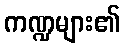
ကဏ္ဍများ၏